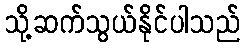
သို့ဆက်သွယ်နိုင်ပါသည်